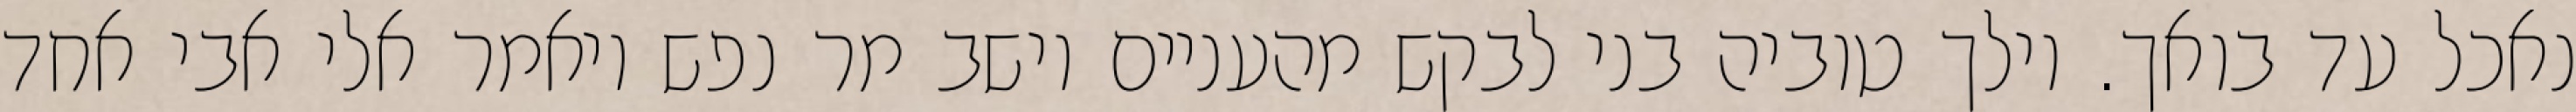
נאכל עד בואך. וילך טוביה בני לבקש מהעניים וישב מר נפש ויאמר אלי אבי אחד